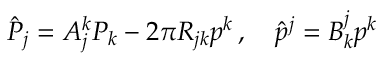
\hat { \cal P } _ { j } = A _ { j } ^ { k } { \cal P } _ { k } - 2 \pi R _ { j k } p ^ { k } \, , \quad \hat { p } ^ { j } = B _ { k } ^ { j } p ^ { k }